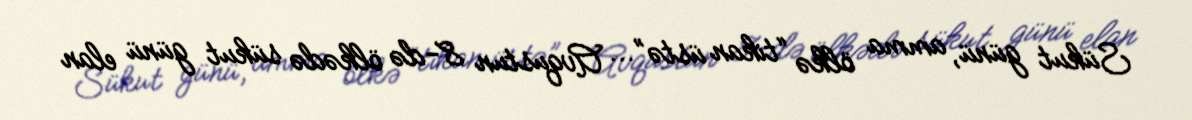
Sükut günü, amma ölkə “tikan üstə”... Avqustun 8-də ölkədə sükut günü elan